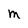
Character: m